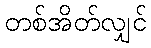
တစ်အိတ်လျှင်